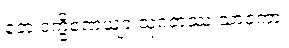
တေ ဒက္ခိဏေယျာ သုဂတဿ သာဝကာ၊